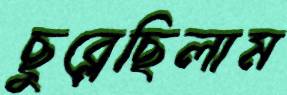
ছুব্‌লেছিলাম